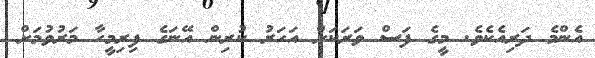
އެންމެ ދަރިއެކެވެ. މީގެ ފަސް ވަރަކަށް އަހަރު ކުރިން އޭނަގެ ފިރިމީހާ މަރުވުމަށް